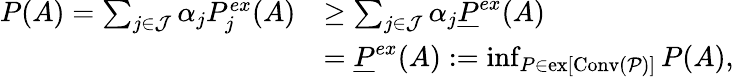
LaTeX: \begin{array}{rl}{P(A)=\sum_{j\in\mathcal{J}}\alpha_{j}P_{j}^{ex}(A)}&{\geq\sum_{j\in\mathcal{J}}\alpha_{j}\underline{{P}}^{ex}(A)}\\ &{=\underline{{P}}^{ex}(A):=\operatorname*{inf}_{P\in\mathrm{ex}[\mathrm{Conv}(\mathcal{P})]}P(A),}\end{array}